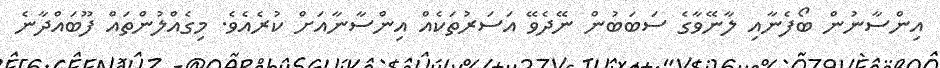
އިންސާނުން ބޯފެނާއި ލާނޭވާގެ ސަބަބުން ނޭދެވޭ އަސަރުތަކެއް އިންސާނާއަށް ކުރެއެވެ. މިގެއްލުންތައް ފޫބައްދާނެ